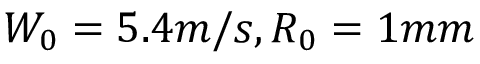
W _ { 0 } = 5 . 4 m / s , R _ { 0 } = 1 m m